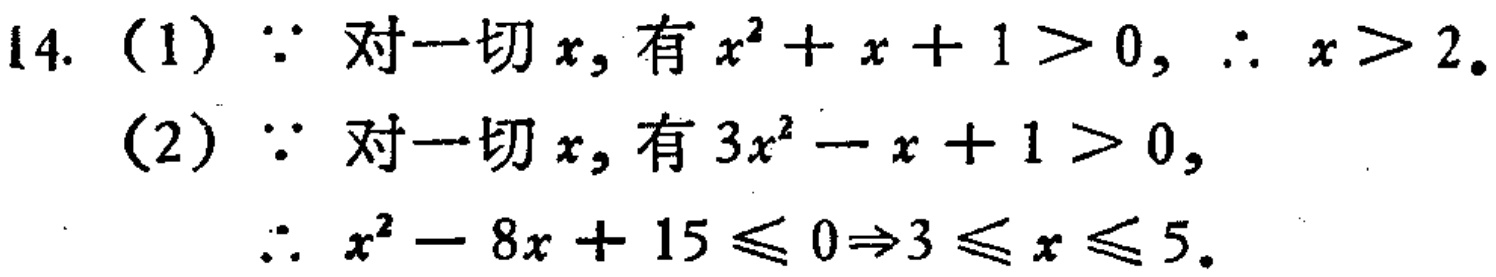
(1) $\because$ 对一切$x$, 有$x^{2}+x + 1>0$, $\therefore x>2$.
(2) $\because$ 对一切$x$, 有$3x^{2}-x + 1>0$,
$\therefore x^{2}-8x + 15\leqslant0\Rightarrow3\leqslant x\leqslant5$.